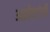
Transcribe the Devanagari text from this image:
आप्तेष्टांची